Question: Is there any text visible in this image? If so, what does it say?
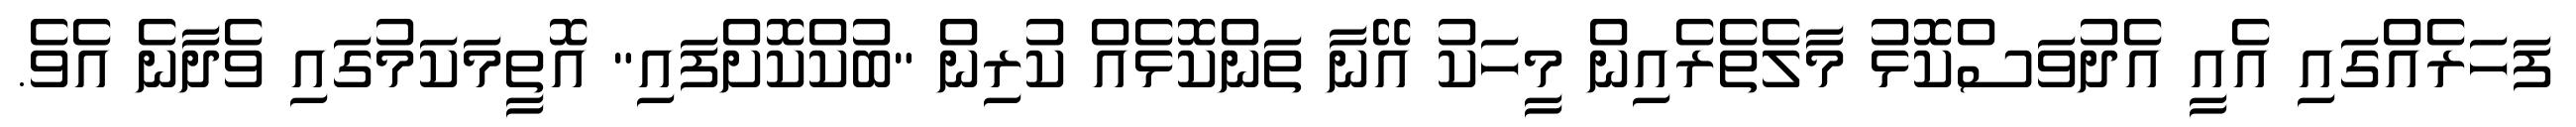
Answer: ފަހަރެއްގައި އެއީ އެދުވަސްކޮޅު މާލެތެރެއިން މީހަކު އޭނާ ތަންކޮޅެއް ކުރިން "ބުކްކޮށްފައި" އޮތީމަކަމުގައި ވެދާނެ އެވެ.